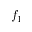
f _ { 1 }